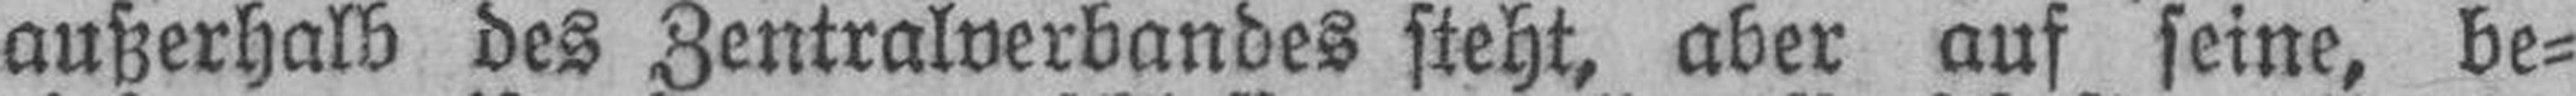
außerhalb des Zentralverbandes steht, aber auf seine, be¬